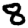
Digit: 8